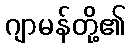
ဂျာမန်တို့၏